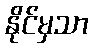
နိုင်မှသာ